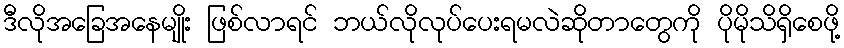
ဒီလိုအခြေအနေမျိုး ဖြစ်လာရင် ဘယ်လိုလုပ်ပေးရမလဲဆိုတာတွေကို ပိုမိုသိရှိစေဖို့